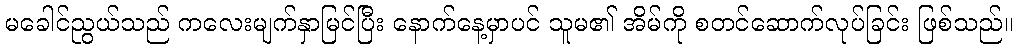
မခေါင်ညွယ်သည် ကလေးမျက်နှာမြင်ပြီး နောက်နေ့မှာပင် သူမ၏ အိမ်ကို စတင်ဆောက်လုပ်ခြင်း ဖြစ်သည်။